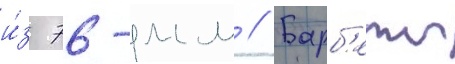
и́з 76-мм // Барб'еты